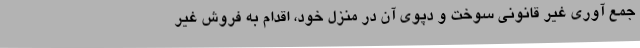
جمع آوری غیر قانونی سوخت و دپوی آن در منزل خود، اقدام به فروش غیر